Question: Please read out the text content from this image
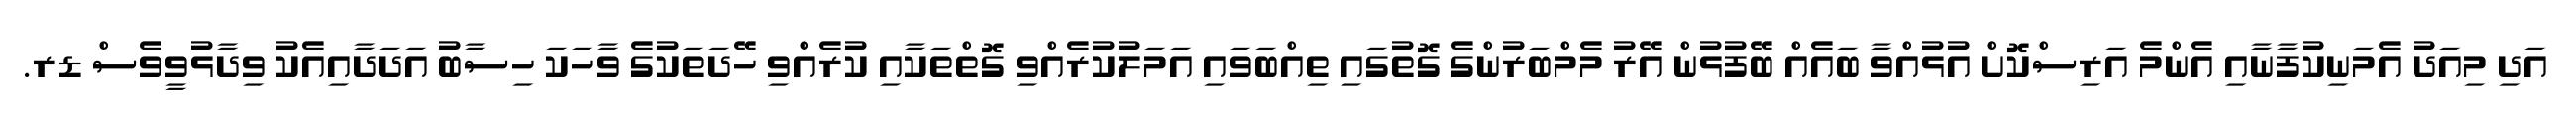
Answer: އަދި މިއަދު އެމަނިކުފާނާއި އެންމެ އަރިސްކޮށް އުޅުއްވާ ބައެއް ބޭފުޅުން އޭރު މެމްބަރުންގެ ގޮތުގައި ތިއްބަވައި އަމަލުކުރެއްވި ގޮތްތަކާއި ކުރެއްވި ހޭދަތަކުގެ ވާހަކަ ހިސާބު އަދަދާއިއެކު ވިދާޅުވީވެސް ޑރ.